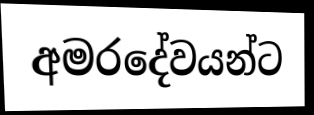
අමරදේවයන්ට